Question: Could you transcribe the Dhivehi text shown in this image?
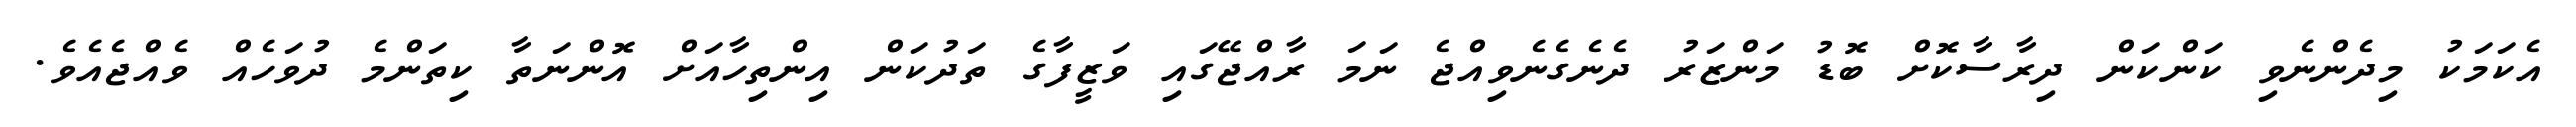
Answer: އެކަމަކު މިދެންނެވި ކަންކަން ދިރާސާކޮށް ބޮޑު މަންޒަރު ދެނެގެނެވިއްޖެ ނަމަ ރާއްޖޭގައި ވަޒީފާގެ ތަދުކަން އިންތިހާއަށް އޮންނަތާ ކިތަންމެ ދުވަހެއް ވެއްޖެއެވެ.